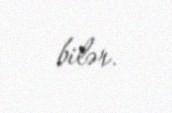
bilər.